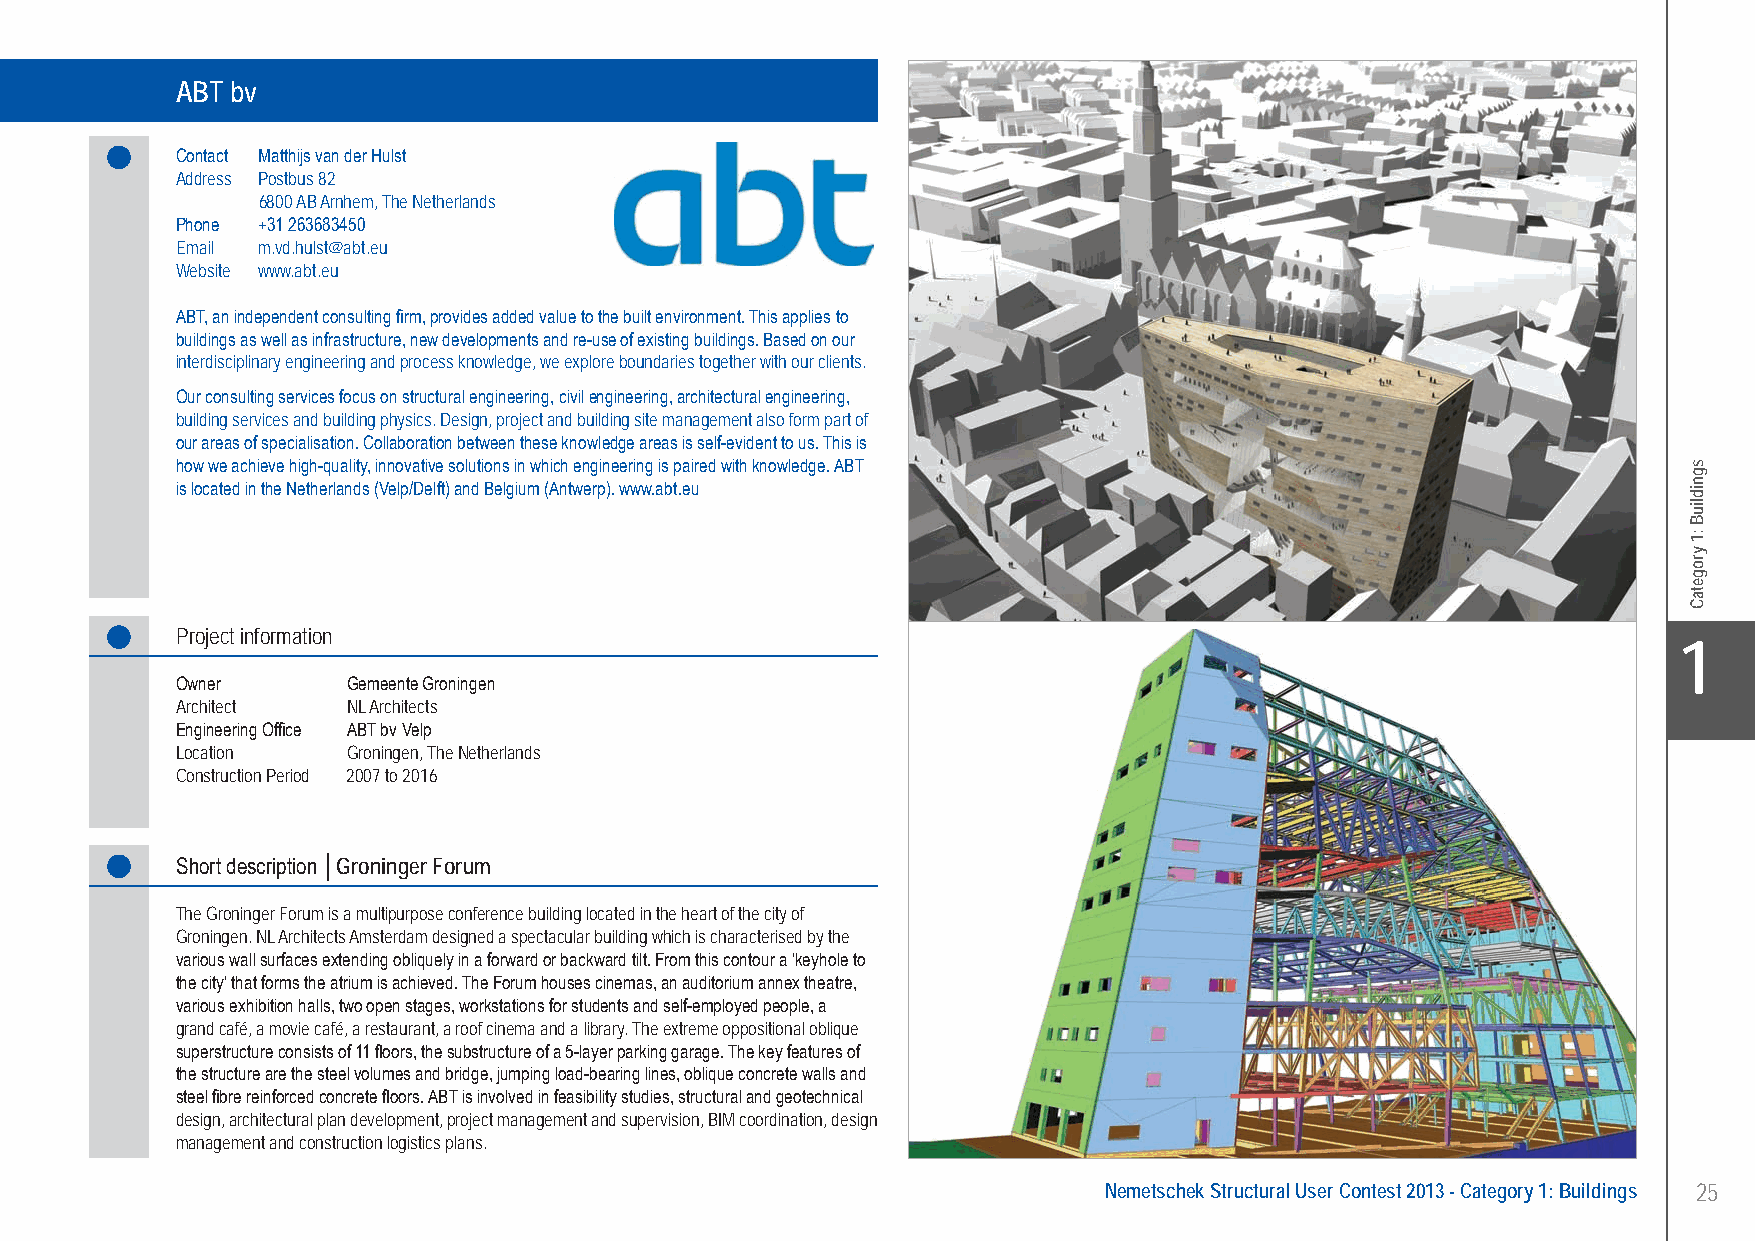
ABT bv........................................................ Groninger Forum - Groningen, The Netherlands
 ABT bv
 Contact Matthijs van der Hulst
 Address Postbus 82
 6800 AB Arnhem, The Netherlands
 Phone +31 263683450
 Email m.vd.hulst@abt.eu
 Website www.abt.eu
 ABT, an independent consulting firm, provides added value to the built environment. This applies to
 buildings as well as infrastructure, new developments and re-use of existing buildings. Based on our
 interdisciplinary engineering and process knowledge, we explore boundaries together with our clients.
 Our consulting services focus on structural engineering, civil engineering, architectural engineering,
 building services and building physics. Design, project and building site management also form part of
 our areas of specialisation. Collaboration between these knowledge areas is self-evident to us. This is
 how we achieve high-quality, innovative solutions in which engineering is paired with knowledge. ABT
 is located in the Netherlands (Velp/Delft) and Belgium (Antwerp). www.abt.eu
 Project information
 X1
 Owner      Gemeente Groningen
 Architect  NL Architects
 Engineering Office ABT bv Velp
 Location   Groningen, The Netherlands
 Construction Period 2007 to 2016
 Short description │Groninger Forum
 The Groninger Forum is a multipurpose conference building located in the heart of the city of
 Groningen. NL Architects Amsterdam designed a spectacular building which is characterised by the
 various wall surfaces extending obliquely in a forward or backward tilt. From this contour a ‘keyhole to
 the city’ that forms the atrium is achieved. The Forum houses cinemas, an auditorium annex theatre,
 various exhibition halls, two open stages, workstations for students and self-employed people, a
 grand café, a movie café, a restaurant, a roof cinema and a library. The extreme oppositional oblique
 superstructure consists of 11 floors, the substructure of a 5-layer parking garage. The key features of
 the structure are the steel volumes and bridge, jumping load-bearing lines, oblique concrete walls and
 steel fibre reinforced concrete floors. ABT is involved in feasibility studies, structural and geotechnical
 design, architectural plan development, project management and supervision, BIM coordination, design
 management and construction logistics plans.
 Nemetschek Structural User Contest 2013 - Category 1: Buildings 25
 UC-2013-Book-V8.indd 25                                                                                   7/11/2013 12:20:29 PM
 sgnidliuB
 :1
 yrogetaC